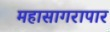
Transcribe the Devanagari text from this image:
महासागरापार